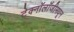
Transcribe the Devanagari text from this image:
टेक्‍नॉलॉजीमधून